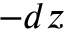
- d z